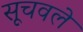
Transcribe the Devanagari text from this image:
सूचवले